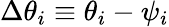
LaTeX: \Delta\theta_{i}\equiv\theta_{i}-\psi_{i}